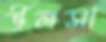
উলসা